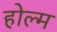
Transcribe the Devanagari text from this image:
होल्म